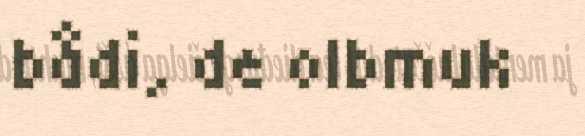
bådi, de olbmuk